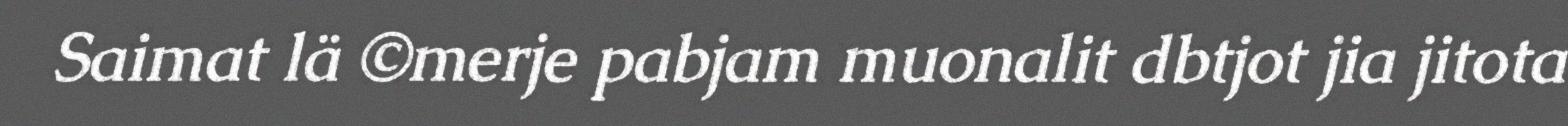
Saimat lä ©merje pabjam muonalit dbtjot jia jitota